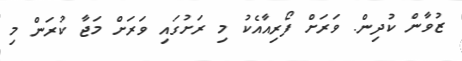
ޒުވާން ކުދިން. ވަރަށް ފޯރިއާއެކު މި ރަށުގައި ވަރަށް މަޖާ ކުރަން މި